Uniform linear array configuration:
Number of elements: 16
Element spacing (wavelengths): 0.25
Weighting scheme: binomial
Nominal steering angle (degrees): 60
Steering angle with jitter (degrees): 58.889
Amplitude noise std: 0.05
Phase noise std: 0.05

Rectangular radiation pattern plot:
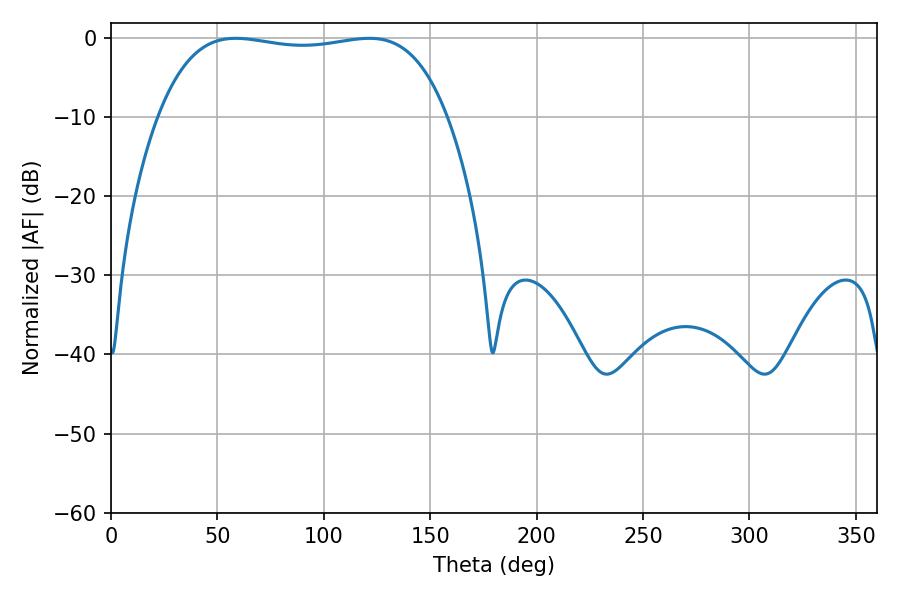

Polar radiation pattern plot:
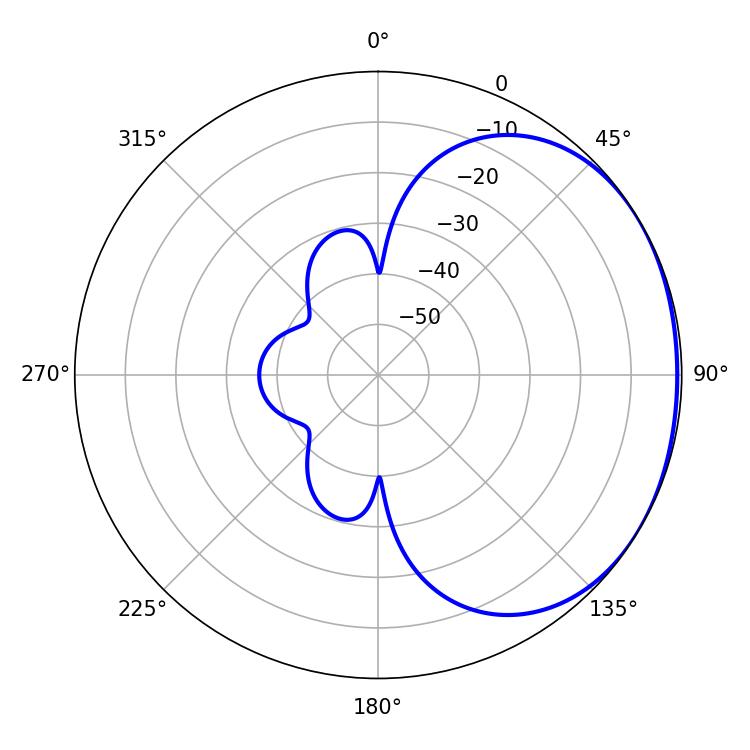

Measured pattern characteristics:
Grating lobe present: FALSE
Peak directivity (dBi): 1.256
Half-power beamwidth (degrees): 108.36
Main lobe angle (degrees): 58.68